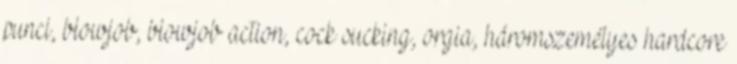
punci, blowjob, blowjob action, cock sucking, orgia, háromszemélyes hardcore